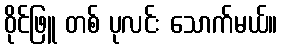
ဝိုင်ဖြူ တစ် ပုလင်း သောက်မယ်။